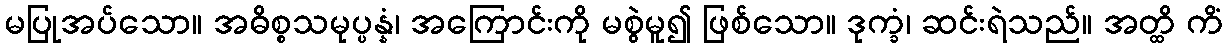
မပြုအပ်သော။ အဓိစ္စသမုပ္ပန္နံ၊ အကြောင်းကို မစွဲမူ၍ ဖြစ်သော။ ဒုက္ခံ၊ ဆင်းရဲသည်။ အတ္ထိ ကိံ